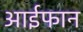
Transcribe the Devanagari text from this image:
आईफान